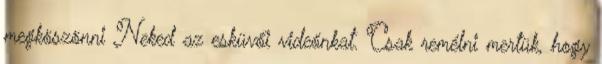
megköszönni Neked az esküvői videónkat. Csak remélni mertük, hogy